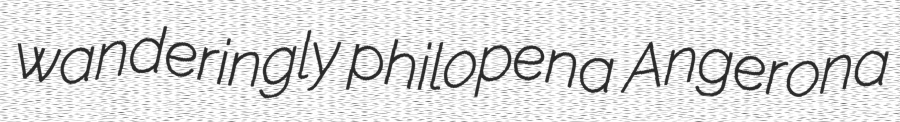
wanderingly philopena Angerona